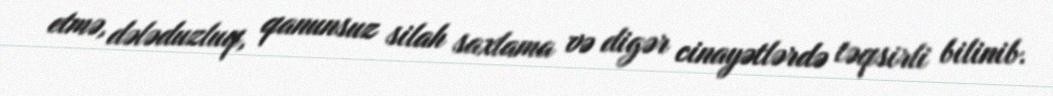
etmə, dələduzluq, qanunsuz silah saxlama və digər cinayətlərdə təqsirli bilinib.